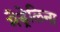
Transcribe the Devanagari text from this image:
मैड्रेलिना